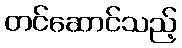
တင်ဆောင်သည့်